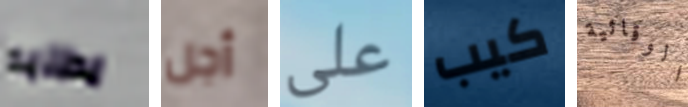
يطلبه أجل على كيب الوقائية